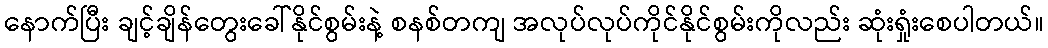
နောက်ပြီး ချင့်ချိန်တွေးခေါ်နိုင်စွမ်းနဲ့ စနစ်တကျ အလုပ်လုပ်ကိုင်နိုင်စွမ်းကိုလည်း ဆုံးရှုံးစေပါတယ်။